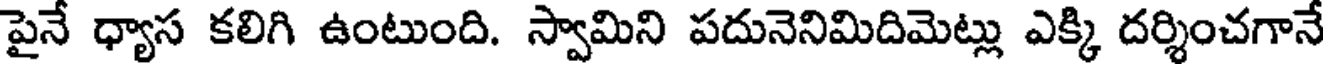
పైనే ధ్యాస కలిగి ఉంటుంది. స్వామిని పదునెనిమిదిమెట్లు ఎక్కి దర్శించగానే